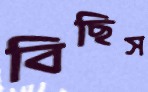
বিছিস